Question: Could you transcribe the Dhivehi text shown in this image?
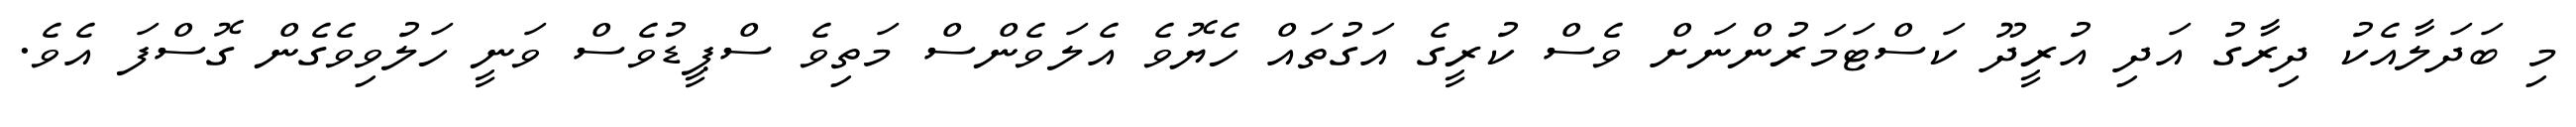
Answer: މި ބަދަލާއެކު ދިރާގު އަދި އުރީދޫ ކަސްޓަމަރުންނަށް ވެސް ކުރީގެ އަގުތައް ހެޔޮވެ އެލަވެންސް މަތިވެ ސްޕީޑުވެސް ވަނީ ހަލުވިވެގެން ގޮސްފަ އެވެ.